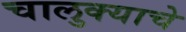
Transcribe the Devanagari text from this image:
चालुक्याचे